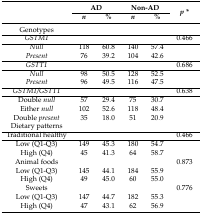
<table><thead><tr><td rowspan="2"></td><td colspan="2"><b>AD</b></td><td colspan="2"><b>Non-AD</b></td><td rowspan="2"><b><i>p *</i></b></td></tr><tr><td><b><i>n</i></b></td><td><b>%</b></td><td><b><i>n</i></b></td><td><b>%</b></td></tr></thead><tbody><tr><td>Genotypes </td><td></td><td></td><td></td><td></td><td></td></tr><tr><td><i>GSTM1</i></td><td></td><td></td><td></td><td></td><td>0.466</td></tr><tr><td><i>Null</i></td><td>118</td><td>60.8</td><td>140</td><td>57.4</td><td></td></tr><tr><td><i>Present</i></td><td>76</td><td>39.2</td><td>104</td><td>42.6</td><td></td></tr><tr><td><i>GSTT1</i></td><td></td><td></td><td></td><td></td><td>0.686</td></tr><tr><td><i>Null</i></td><td>98</td><td>50.5</td><td>128</td><td>52.5</td><td></td></tr><tr><td><i>Present</i></td><td>96</td><td>49.5</td><td>116</td><td>47.5</td><td></td></tr><tr><td><i>GSTM1/GSTT1</i></td><td></td><td></td><td></td><td></td><td>0.638</td></tr><tr><td>Double <i>null</i></td><td>57</td><td>29.4</td><td>75</td><td>30.7</td><td></td></tr><tr><td>Either <i>null</i></td><td>102</td><td>52.6</td><td>118</td><td>48.4</td><td></td></tr><tr><td>Double <i>present</i></td><td>35</td><td>18.0</td><td>51</td><td>20.9</td><td></td></tr><tr><td>Dietary patterns</td><td></td><td></td><td></td><td></td><td></td></tr><tr><td>Traditional healthy</td><td></td><td></td><td></td><td></td><td>0.466</td></tr><tr><td>Low (Q1-Q3)</td><td>149</td><td>45.3</td><td>180</td><td>54.7</td><td></td></tr><tr><td>High (Q4)</td><td>45</td><td>41.3</td><td>64</td><td>58.7</td><td></td></tr><tr><td>Animal foods</td><td></td><td></td><td></td><td></td><td>0.873</td></tr><tr><td>Low (Q1-Q3)</td><td>145</td><td>44.1</td><td>184</td><td>55.9</td><td></td></tr><tr><td>High (Q4)</td><td>49</td><td>45.0</td><td>60</td><td>55.0</td><td></td></tr><tr><td>Sweets</td><td></td><td></td><td></td><td></td><td>0.776</td></tr><tr><td>Low (Q1-Q3)</td><td>147</td><td>44.7</td><td>182</td><td>55.3</td><td></td></tr><tr><td>High (Q4)</td><td>47</td><td>43.1</td><td>62</td><td>56.9</td><td></td></tr></tbody></table>